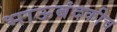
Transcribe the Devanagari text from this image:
भाऊबंदकीच